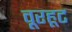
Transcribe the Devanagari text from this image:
वूरहूट